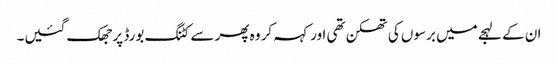
ان کے لہجے میں برسوں کی تھکن تھی اور کہہ کر وہ پھر سے کٹنگ بورڈ پر جھک گئیں۔